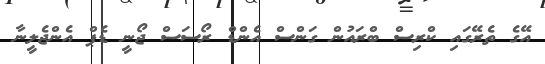
އޭގެ ތެރޭގައި ކްރިސް ބްރައުން ގަންސް އެންޑް ރޯސަސް ޖޯނީ ޑެޕް އެންޖެލީނާ